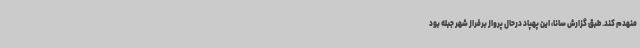
منهدم کند. طبق گزارش سانا، این پهپاد درحال پرواز برفراز شهر جبله بود